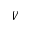
V